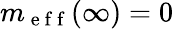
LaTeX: m_{\mathrm{~e~f~f~}}(\infty)=0